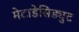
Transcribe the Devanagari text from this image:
मेटाडेसिड्युट